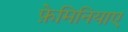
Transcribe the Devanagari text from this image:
फ़ेमिनियाए